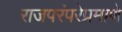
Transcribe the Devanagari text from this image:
राजपरंपरेप्रमाणे